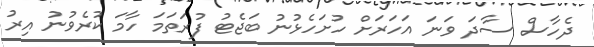
ދެހާސް ސާދަ ވަނަ އަހަރަށް ހުށަހެޅުނު ބަޖެޓު ފުރަތަމަ ހާމަ ކުރެވުނު އިރު